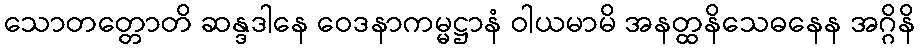
သောတတ္တောတိ ဆန္ဒဒါနေ ဝေဒနာကမ္မဋ္ဌာနံ ဝါယမာမိ အနတ္ထနိသေဓနေန အဂ္ဂိနိ